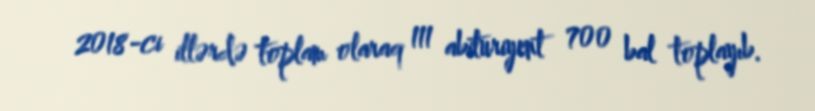
2018-ci illərdə toplam olaraq 111 abituriyent 700 bal toplayıb.